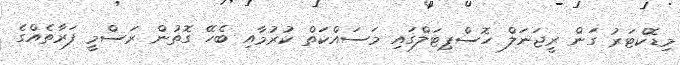
މިޑޮކްޓަރު ގަން ރީޖަނަލް ހޮސްޕިޓަލްގައި މަސައްކަތް ކުރުމާއި ބެހޭ ގޮތުން ރަސްމީ ފަރާތެއްގެ